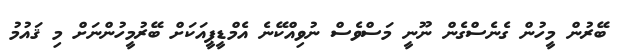
ބޭރުން މީހުން ގެނެސްގެން ނޫނީ މަސްވެސް ނުވިއްކޭނެ އެމްޑީޕީއަކަށް ބޭރުމީހުންނަށް މި ޤައުމު